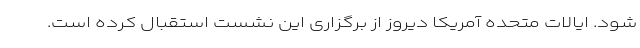
شود. ایالات متحده آمریکا دیروز از برگزاری این نشست استقبال کرده است.